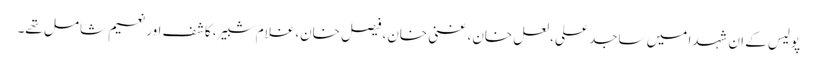
پولیس کے ان شہدا میں ساجد علی، لعل خان، غنی خان، فیصل خان،غلام شبیر، کاشف اور نعیم شامل تھے۔